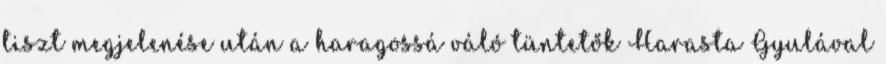
tiszt megjelenése után a haragossá váló tüntetők Harasta Gyulával